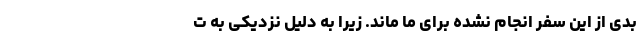
بدی از این سفرِ انجام نشده برای ما ماند. زیرا به دلیل نزدیکی به ت